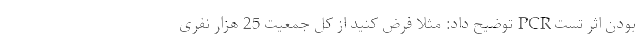
بودن اثر تست PCR توضیح داد: مثلا فرض کنید از کل جمعیت 25 هزار نفری